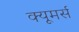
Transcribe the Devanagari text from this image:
क्यूमर्स